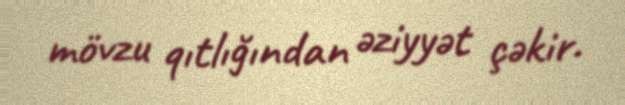
mövzu qıtlığından əziyyət çəkir.